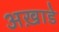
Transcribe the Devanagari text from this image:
अख़ाडे